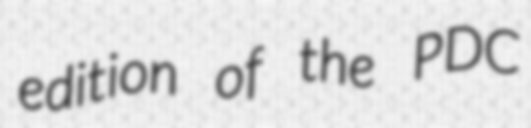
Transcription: edition of the PDC